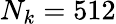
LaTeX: N_{k}=512